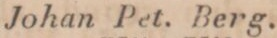
Johan Pet. Berg.